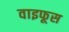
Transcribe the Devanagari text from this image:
वाइफूस